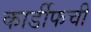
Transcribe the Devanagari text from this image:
कार्डीफची